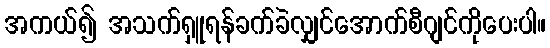
အကယ်၍ အသက်ရှူရန်ခက်ခဲလျှင်အောက်စီဂျင်ကိုပေးပါ။